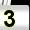
Digit: 3